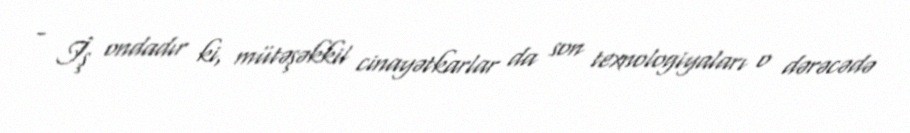
- İş ondadır ki, mütəşəkkil cinayətkarlar da son texnologiyaları o dərəcədə